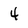
Character: 4